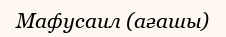
Мафусаил (ағашы)